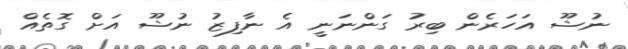
ނުޝޫ އަހަރެން ބިރު ގަންނަނީ އެ ނާފިޒު ނުޝޫ އަށް ގޮތެއް